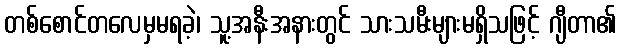
တစ်စောင်တလေမှမရခဲ့၊ သူ့အနီးအနားတွင် သားသမီးများမရှိသဖြင့် ဂျီတာ၏